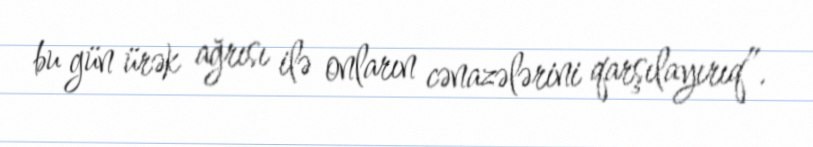
bu gün ürək ağrısı ilə onların cənazələrini qarşılayırıq”.